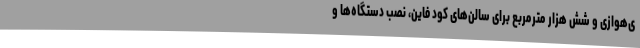
ی‌هوازی و شش هزار مترمربع برای سالن‌های کود فاین، نصب دستگاه‌ها و